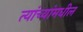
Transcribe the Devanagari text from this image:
त्यांच्यांमधील